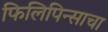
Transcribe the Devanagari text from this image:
फिलिपिन्साचा